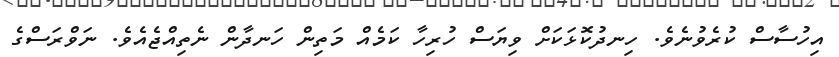
އިހުސާސް ކުރެވުނެވެ. ހިނދުކޮޅަކަށް ވިޔަސް ހުރިހާ ކަމެއް މަތިން ހަނދާން ނެތިއްޖެއެވެ. ނަވްރަސްގެ